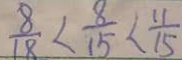
\frac { 8 } { 1 8 } < \frac { 8 } { 1 5 } < \frac { 1 1 } { 1 5 }